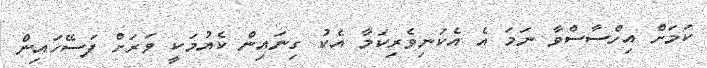
ކަމަށް އިހްސާސްވާ ނަމަ އެ އެކަނިވެރިކަމާ އެކު ގިނައިން ކެއުމަކީ ވަރަށް ފަސޭހައިން